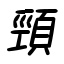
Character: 頸